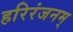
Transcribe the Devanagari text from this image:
हरिरंजनम्